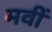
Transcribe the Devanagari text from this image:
मवीं